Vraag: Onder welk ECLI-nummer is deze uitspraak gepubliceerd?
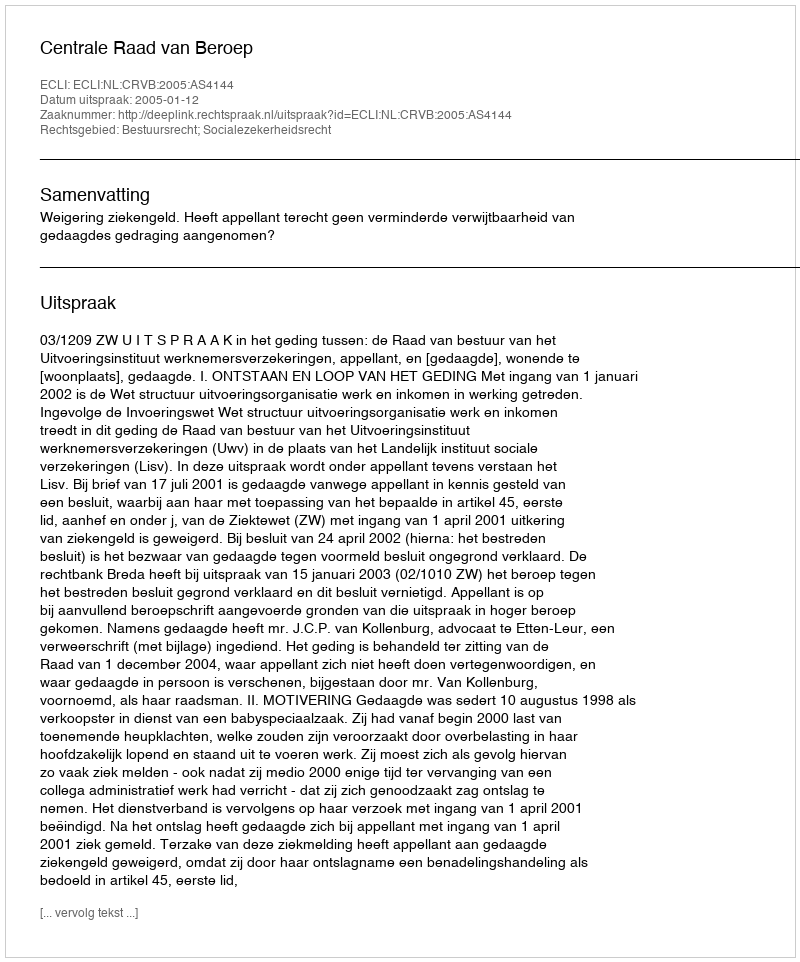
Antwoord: ECLI:NL:CRVB:2005:AS4144